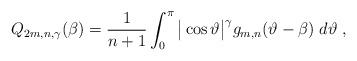
LaTeX: \begin{align*} Q_{2m,n,\gamma}(\beta)={1 \over n+1}\int_0^\pi\big |\cos \vartheta\big |^\gamma g_{m,n}(\vartheta-\beta)\; d\vartheta\;,\end{align*}